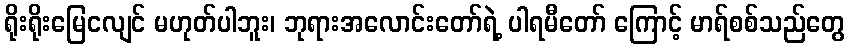
ရိုးရိုးမြေငလျင် မဟုတ်ပါဘူး၊ ဘုရားအလောင်းတော်ရဲ့ ပါရမီတော် ကြောင့် မာရ်စစ်သည်တွေ